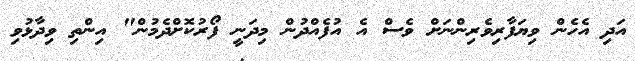
އަދި އެހެން ވިޔަފާރިވެރިންނަށް ވެސް އެ އުފެއްދުން މިދަނީ ފޯރުކޮށްދެމުން" އިންތި ވިދާޅުވި